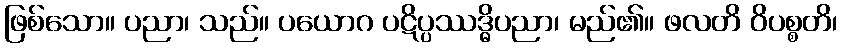
ဖြစ်သော။ ပညာ၊ သည်။ ပယောဂ ပဋိပ္ပဿဒ္ဓိပညာ၊ မည်၏။ ဖလတိ ဝိပစ္စတိ၊